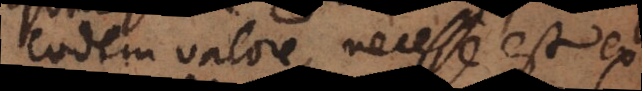
odem valore, necesse est exhi